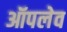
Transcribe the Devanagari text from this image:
ऑपलेव